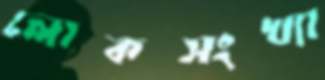
লোকসংখ্যা